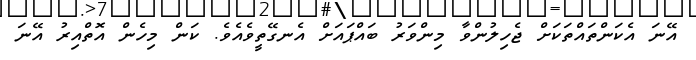
އޭނަ އެކަންތައްތަކަށް ޖެހިލުންވާ މިންވަރު ބައްޕައަށް އެނގޭތީވެއެވެ. ކަން މިހެން އޮތްއިރު އޭނަ